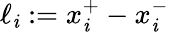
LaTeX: \ell_{\mathit{i}}:=x_{\mathit{i}}^{+}-x_{\mathit{i}}^{-}